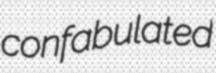
confabulated